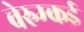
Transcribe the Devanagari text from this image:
वेरुम्कई